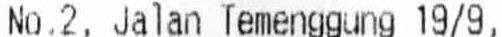
NO.2, JALAN TEMENGGUNG 19/9,